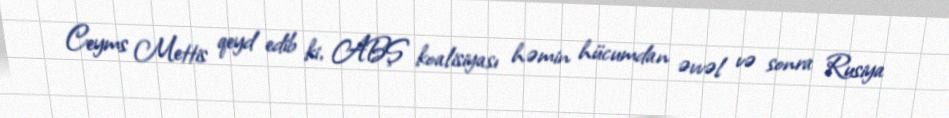
Ceyms Mettis qeyd edib ki, ABŞ koalisiyası həmin hücumdan əvvəl və sonra Rusiya